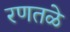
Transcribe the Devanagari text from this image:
रणतळे